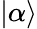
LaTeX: \left|\alpha\right\rangle